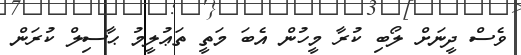
ވެސް ދީނަށް ލޯބި ކުރާ މީހުން އެބަ މަތީ ތަޢުލީމު ޙާސިލް ކުރަން